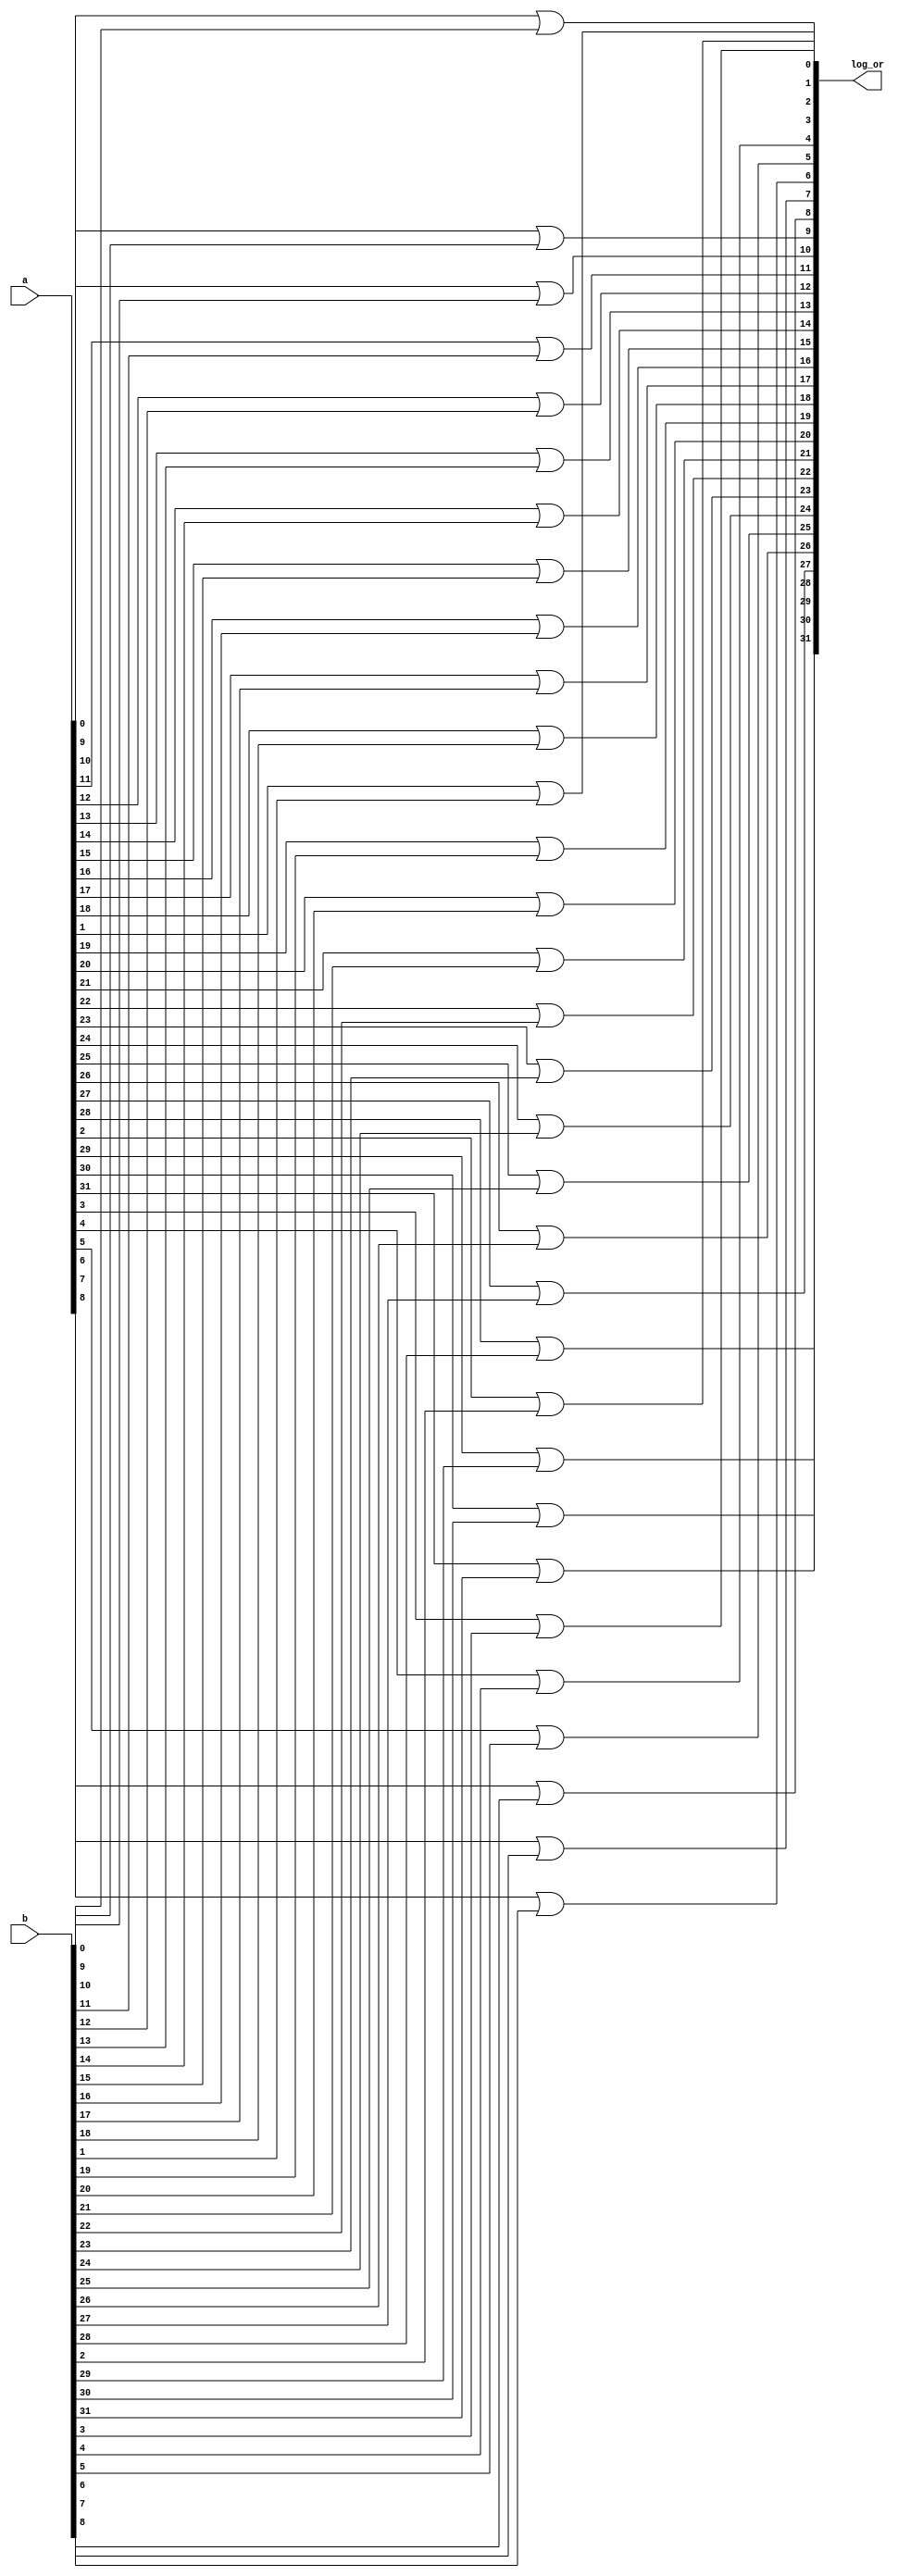
`timescale 1ps/1ps

module or32 (
    input [31:0]a, b, output [31:0]log_or
);

genvar i;

generate
for ( i= 0;i<32 ;i=i+1 ) begin
    
    or t (log_or[i], a[i], b[i]);

end
endgenerate
    
endmodule